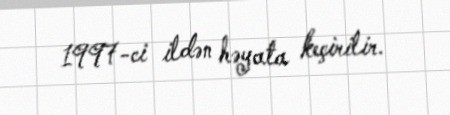
1997-ci ildən həyata keçirilir.